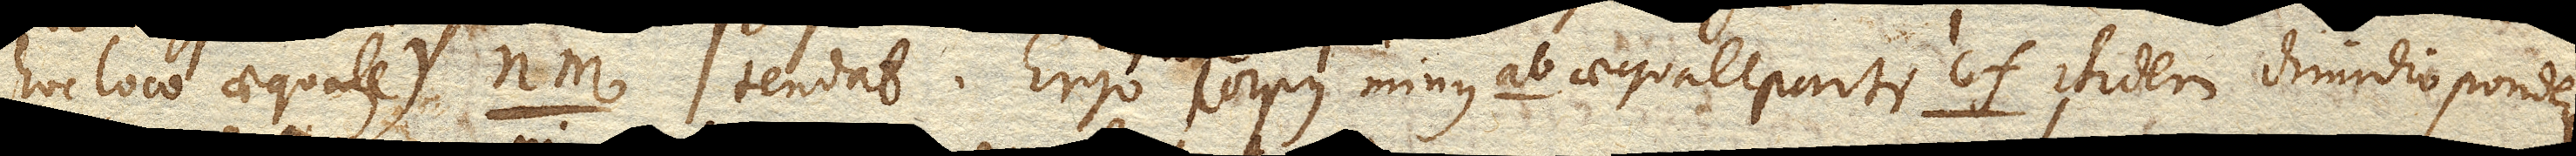
(hoc loco aequale) nm. tendat. Ergo corpus minus ab. aequale parti cf. itidem dimidio pondere